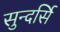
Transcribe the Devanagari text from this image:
सुन्दर्सि